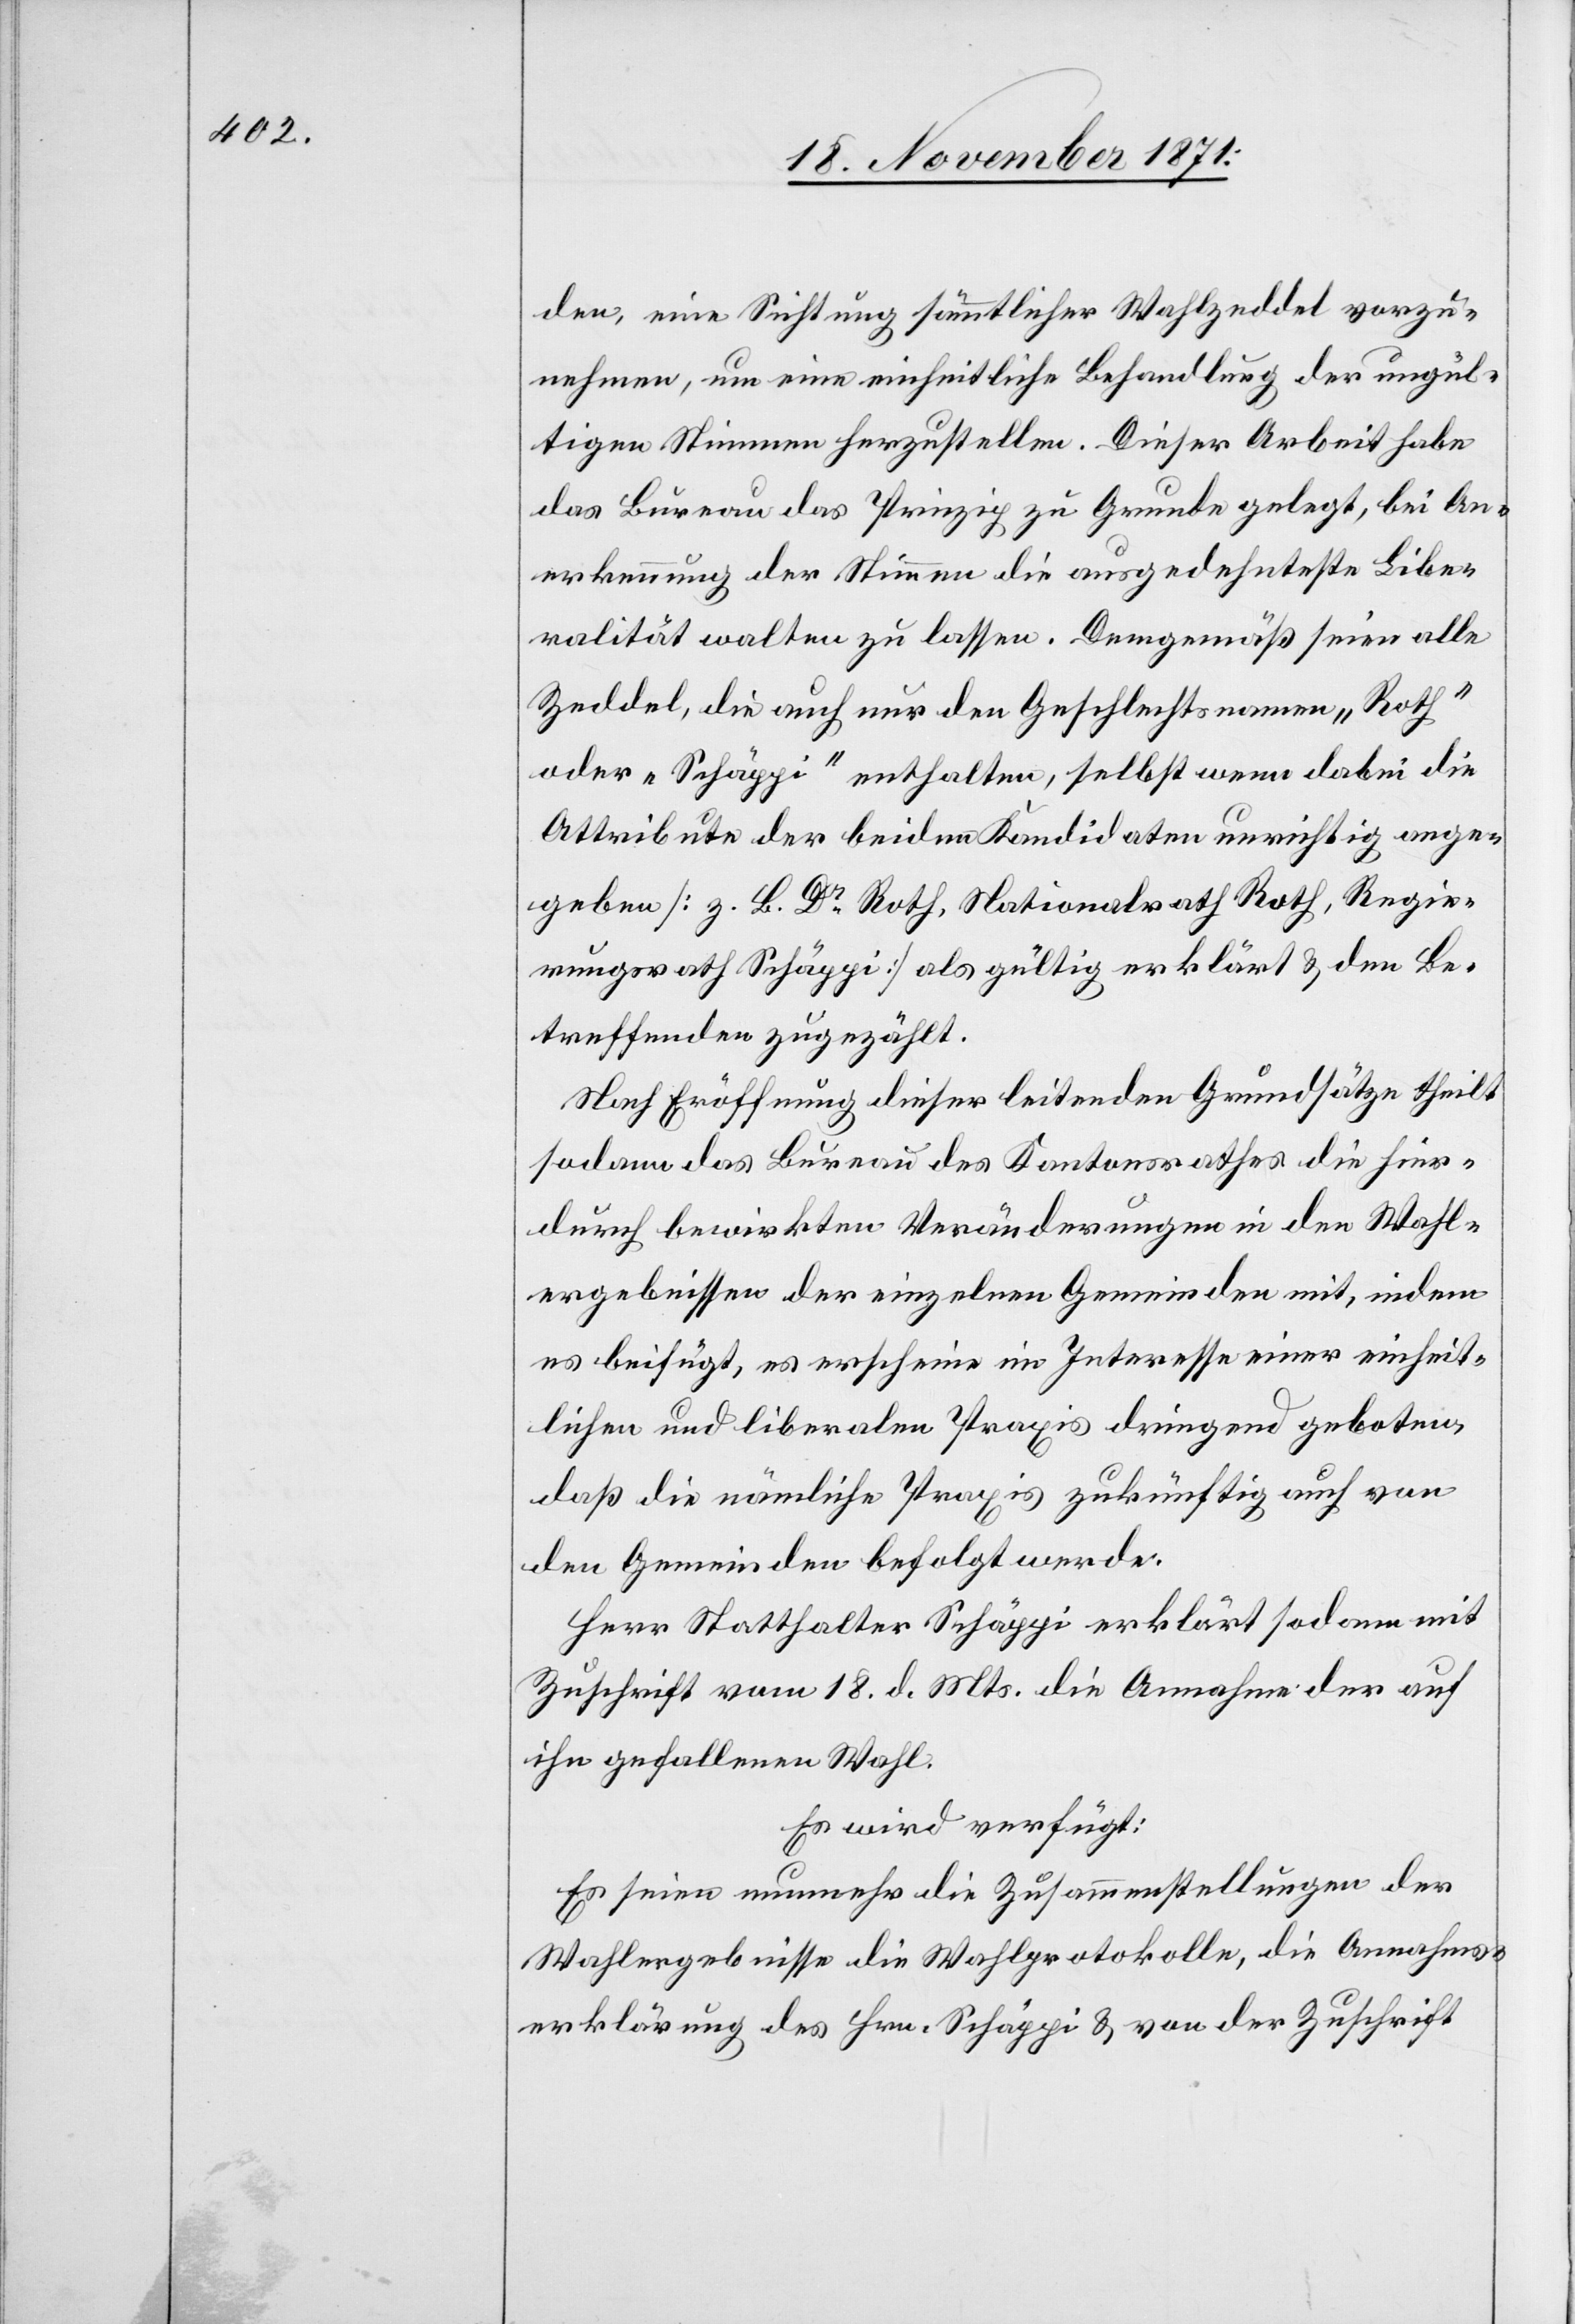
den, eine Sichtung sämmtlicher Wahlzeddel vorzu¬
nehmen, um eine einheitliche Behandlung der ungül¬
tigen Stimmen herzustellen. Dieser Arbeit habe
das Bureau das Prinzip zu Grunde gelegt, bei An¬
erkennung der Stimmen die ausgedehnteste Libe¬
ralität walten zu lassen. Demgemäß seien alle
Zeddel, die auch nur den Geschlechtsnamen „Roth“
oder „Schäppi“ enthalten, selbst wenn dabei die
Attribute der beiden Kandidaten unrichtig ange¬
geben [z. B. Dr. Roth, Nationalrath Roth, Regie¬
rungsrath Schäppi] als gültig erklärt & den Be¬
treffenden zugezählt.
Nach Eröffnung dieser leitenden Grundsätze theilt
sodann das Bureau des Kantonsrathes die hier¬
durch bewirkten Veränderungen in den Wahl¬
ergebnissen der einzelnen Gemeinden mit, indem
es beifügt, es erscheine im Interesse einer einheit¬
lichen und liberalen Praxis dringend geboten,
daß die nämliche Praxis zukünftig auch von
den Gemeinden befolgt werde.
Herr Statthalter Schäppi erklärt sodann mit
Zuschrift vom 18. d. Mts. die Annahme der auf
ihn gefallenen Wahl.
Es wird verfügt:
Es seien nunmehr die Zusammenstellungen der
Wahlergebnisse die Wahlprotokolle, die Annahms¬
erklärung des Hrn. Schäppi & von der Zuschrift